38_143685_box7_Incident_Summaries_1-100
Agency: Department of War
Page 46
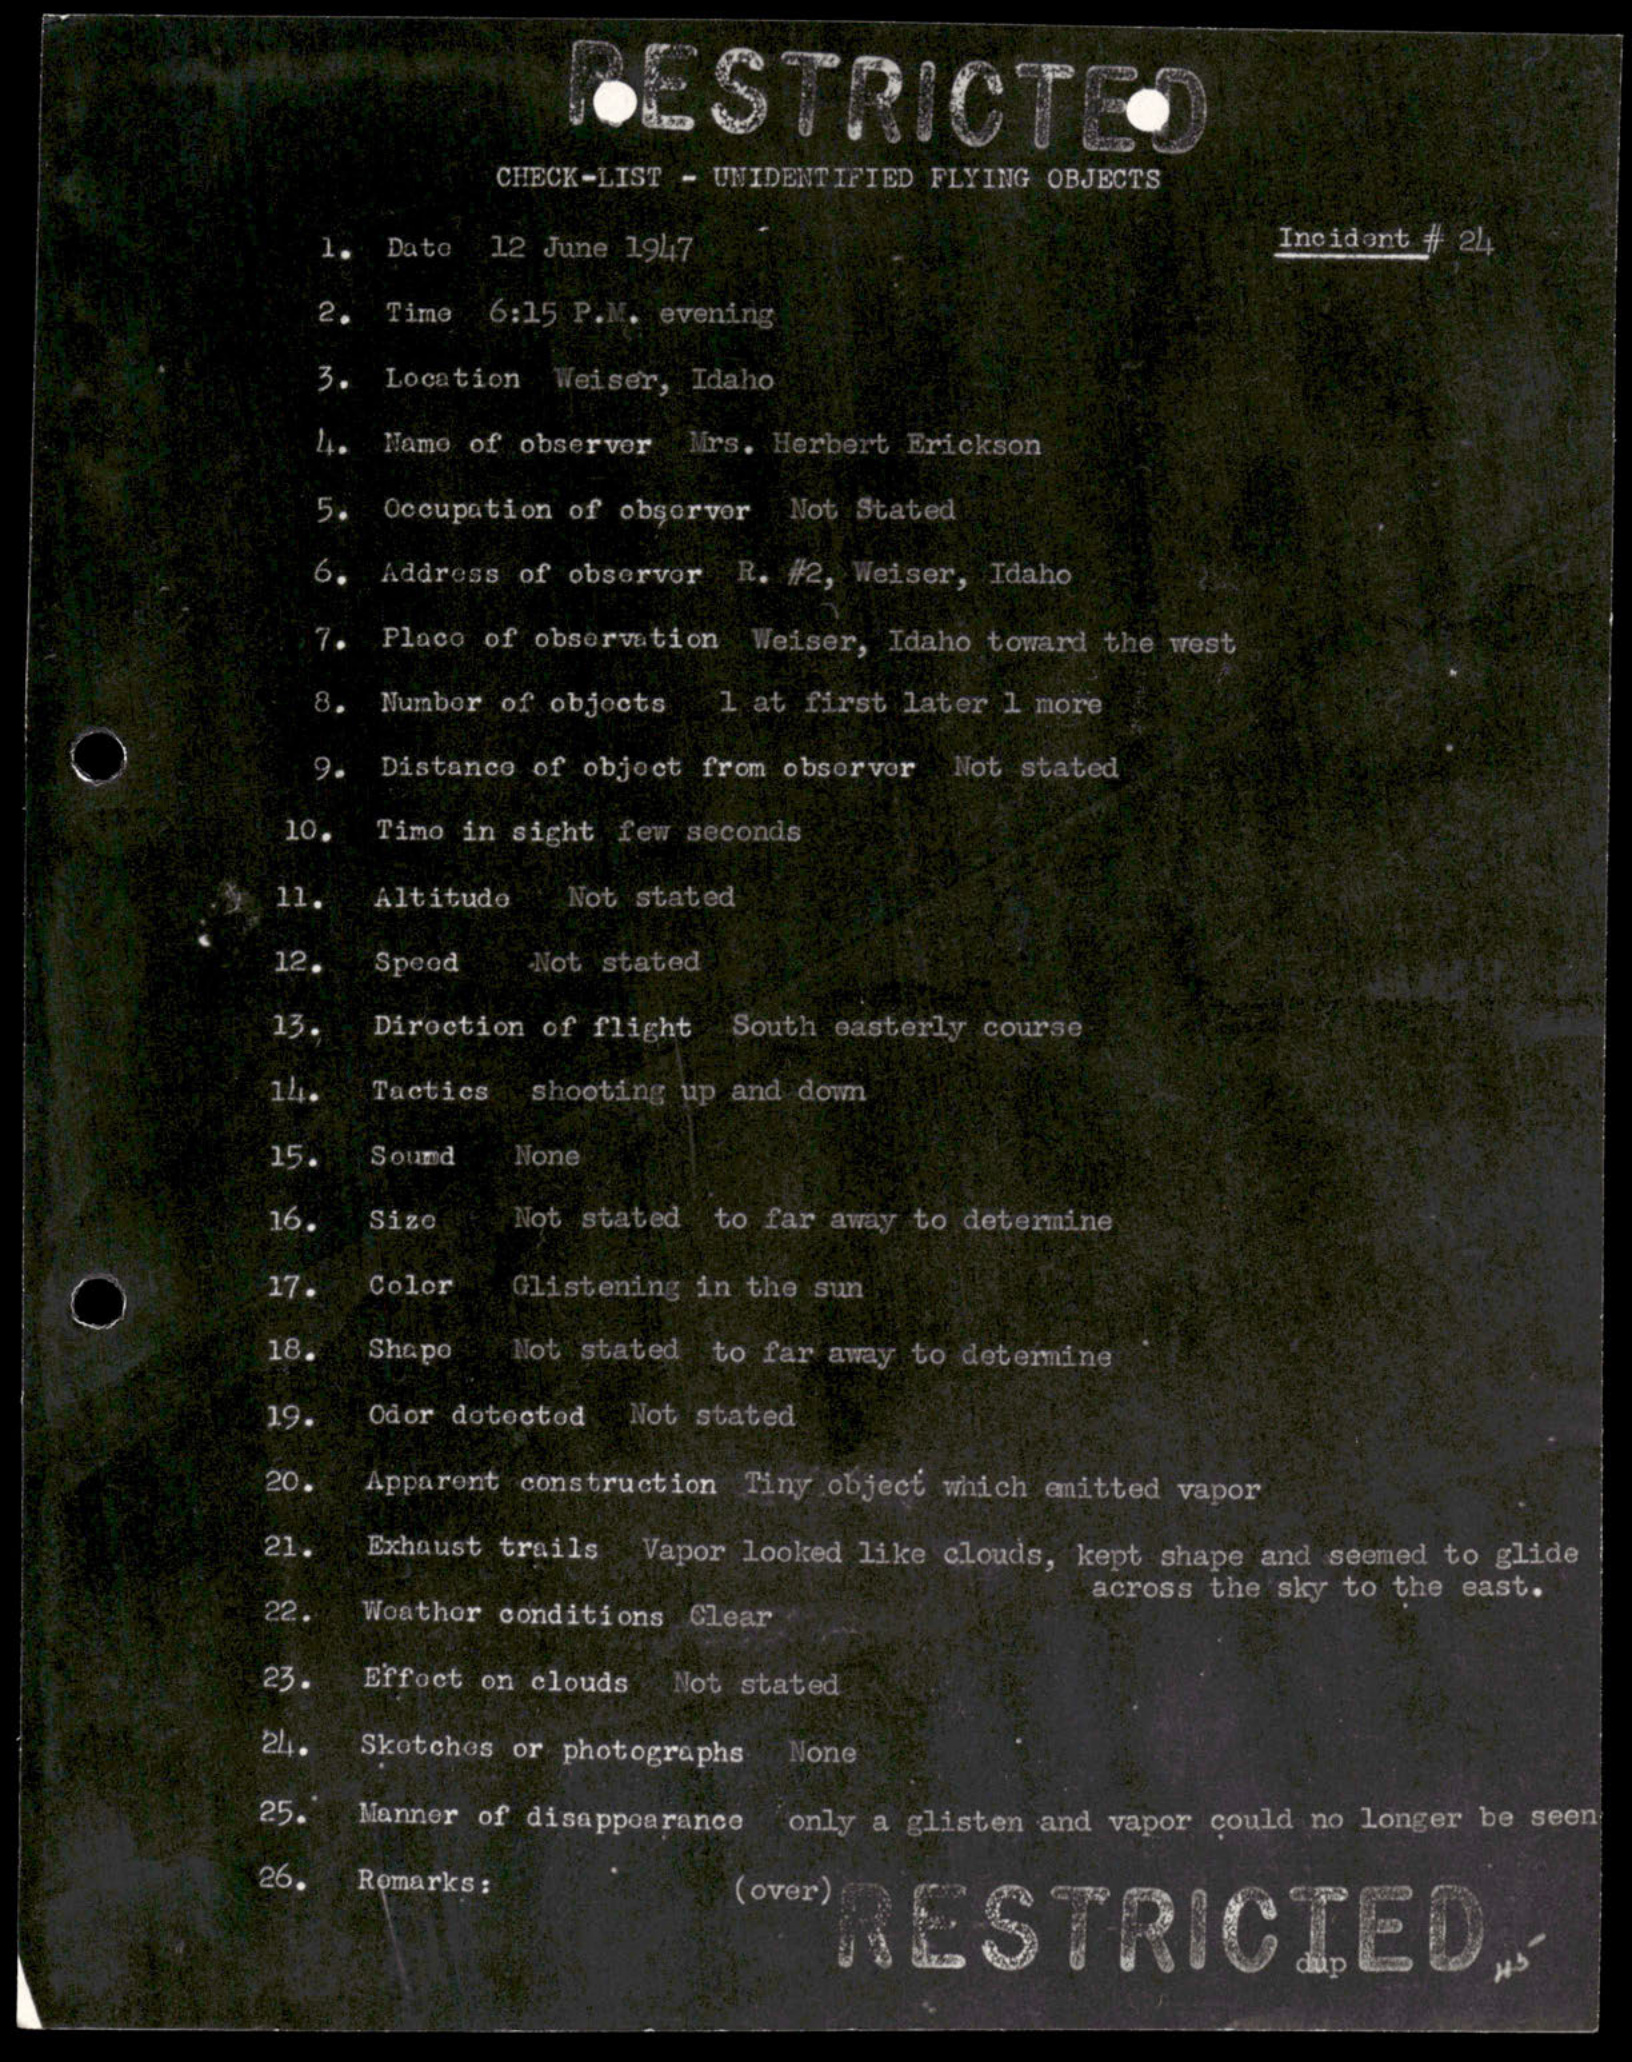